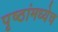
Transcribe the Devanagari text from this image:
पृष्ठांमध्येच